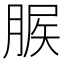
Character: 䐅